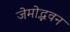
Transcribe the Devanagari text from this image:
जेमोद्भवन